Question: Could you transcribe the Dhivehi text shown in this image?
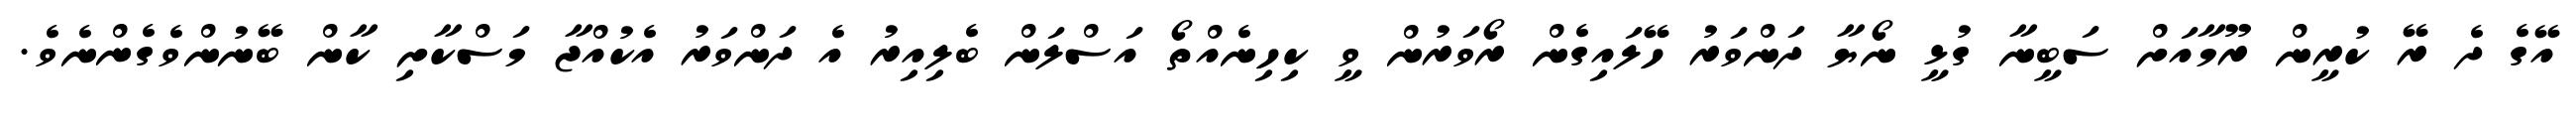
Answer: އޭގެ ދެ ރޭ ކުރީން ރޫމާއަށް ސަބީނާ ގުޅީ ނޯޔާ ދަންވަރު ހޭލައިގެން ރޯވަރުން ވީ ކިހިނެއްތޯ އަސްލަން ބެލިއިރު އެ ދަންވަރު އެކުއްޖާ މަސްކާށި ކާން ބޭނުންވެގެންނެވެ.